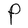
Character: P